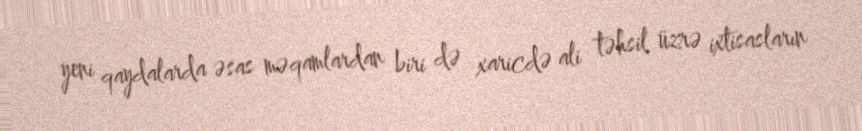
yeni qaydalarda əsas məqamlardan biri də xaricdə ali təhsil üzrə ixtisasların